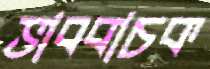
ভাববাচক